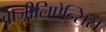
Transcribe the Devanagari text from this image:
ब्राजीलिऐन्सिस